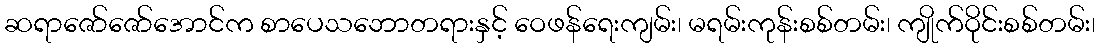
ဆရာဇော်ဇော်အောင်က စာပေသဘောတရားနှင့် ဝေဖန်ရေးကျမ်း၊ မရမ်းကုန်းစစ်တမ်း၊ ကျိုက်ဝိုင်းစစ်တမ်း၊